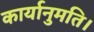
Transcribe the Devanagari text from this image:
कार्यानुमति।